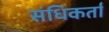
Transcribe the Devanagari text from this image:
संधिकर्ता